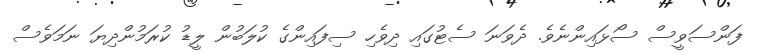
ފަންސަވީސް ސޯޅައިންނެވެ. ދެވަނަ ސެޓުގައި ދިވެހި ސިފައިންގެ ކުލަބުން ލީޑު ކުރަމުންދިޔަ ނަމަވެސް